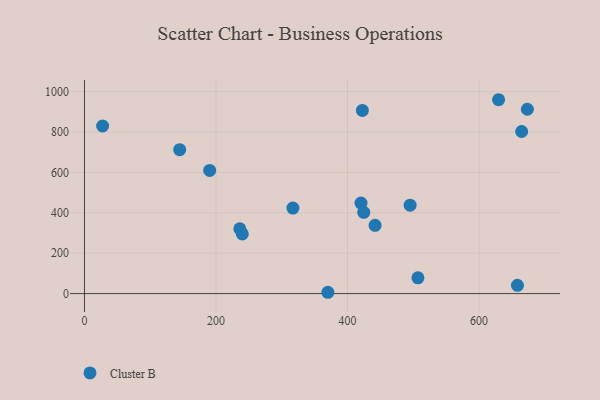
{"axis": {"x": "Study Hours", "y": "Profit"}, "legend": ["Cluster B"], "data": [{"x": "317.0", "y": 423.7, "type": "Cluster B"}, {"x": "190.4", "y": 610.0, "type": "Cluster B"}, {"x": "507.1", "y": 78.0, "type": "Cluster B"}, {"x": "424.7", "y": 402.6, "type": "Cluster B"}, {"x": "240.0", "y": 295.2, "type": "Cluster B"}, {"x": "27.6", "y": 829.9, "type": "Cluster B"}, {"x": "441.9", "y": 338.0, "type": "Cluster B"}, {"x": "236.2", "y": 321.0, "type": "Cluster B"}, {"x": "370.1", "y": 6.5, "type": "Cluster B"}, {"x": "664.8", "y": 802.7, "type": "Cluster B"}, {"x": "420.5", "y": 448.3, "type": "Cluster B"}, {"x": "629.7", "y": 960.0, "type": "Cluster B"}, {"x": "658.4", "y": 41.0, "type": "Cluster B"}, {"x": "422.6", "y": 907.2, "type": "Cluster B"}, {"x": "144.8", "y": 712.7, "type": "Cluster B"}, {"x": "673.5", "y": 912.8, "type": "Cluster B"}, {"x": "495.2", "y": 437.9, "type": "Cluster B"}]}